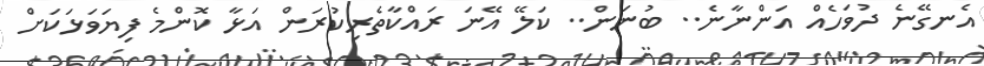
އެނގޭނެ ދުވަހެއް އަންނާނެ.. ބުނަން.. ކަލޭ އޭނަ ރައްކާތެރިކުރަން އަޅާ ކޮންމެ ފިޔަވަޅަކަށް